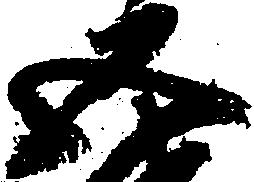
五